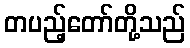
တပည့်တော်တို့သည်